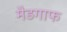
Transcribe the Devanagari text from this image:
मैडगाफ